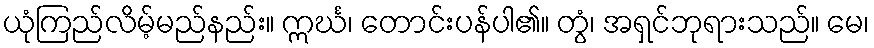
ယုံကြည်လိမ့်မည်နည်း။ ဣင်္ဃ၊ တောင်းပန်ပါ၏။ တွံ၊ အရှင်ဘုရားသည်။ မေ၊